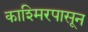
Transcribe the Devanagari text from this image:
काश्मिरपासून